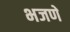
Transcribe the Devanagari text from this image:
भजणे